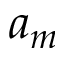
a _ { m }